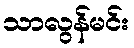
သာလွန်မင်း